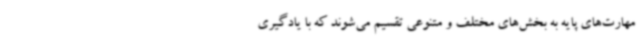
مهارت‌های پایه به بخش‌های مختلف و متنوعی تقسیم می‌شوند که با یادگیری